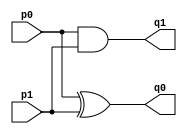


module AccHalfAdder(q1, q0, p0, p1); // q0 is same column, q1 is next column

input p0, p1;
output q0, q1;

xor xor_1(q0, p0, p1);
and and_1(q1, p0, p1);

endmodule